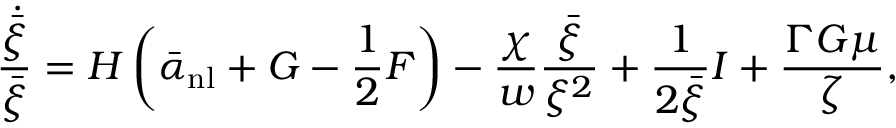
{ \frac { \dot { \bar { \xi } } } { \bar { \xi } } } = H \left( \bar { \alpha } _ { \mathrm { n l } } + G - { \frac { 1 } { 2 } } F \right) - { \frac { \chi } { w } } { \frac { \bar { \xi } } { \xi ^ { 2 } } } + { \frac { 1 } { 2 \bar { \xi } } } I + { \frac { \Gamma G \mu } { \zeta } } ,